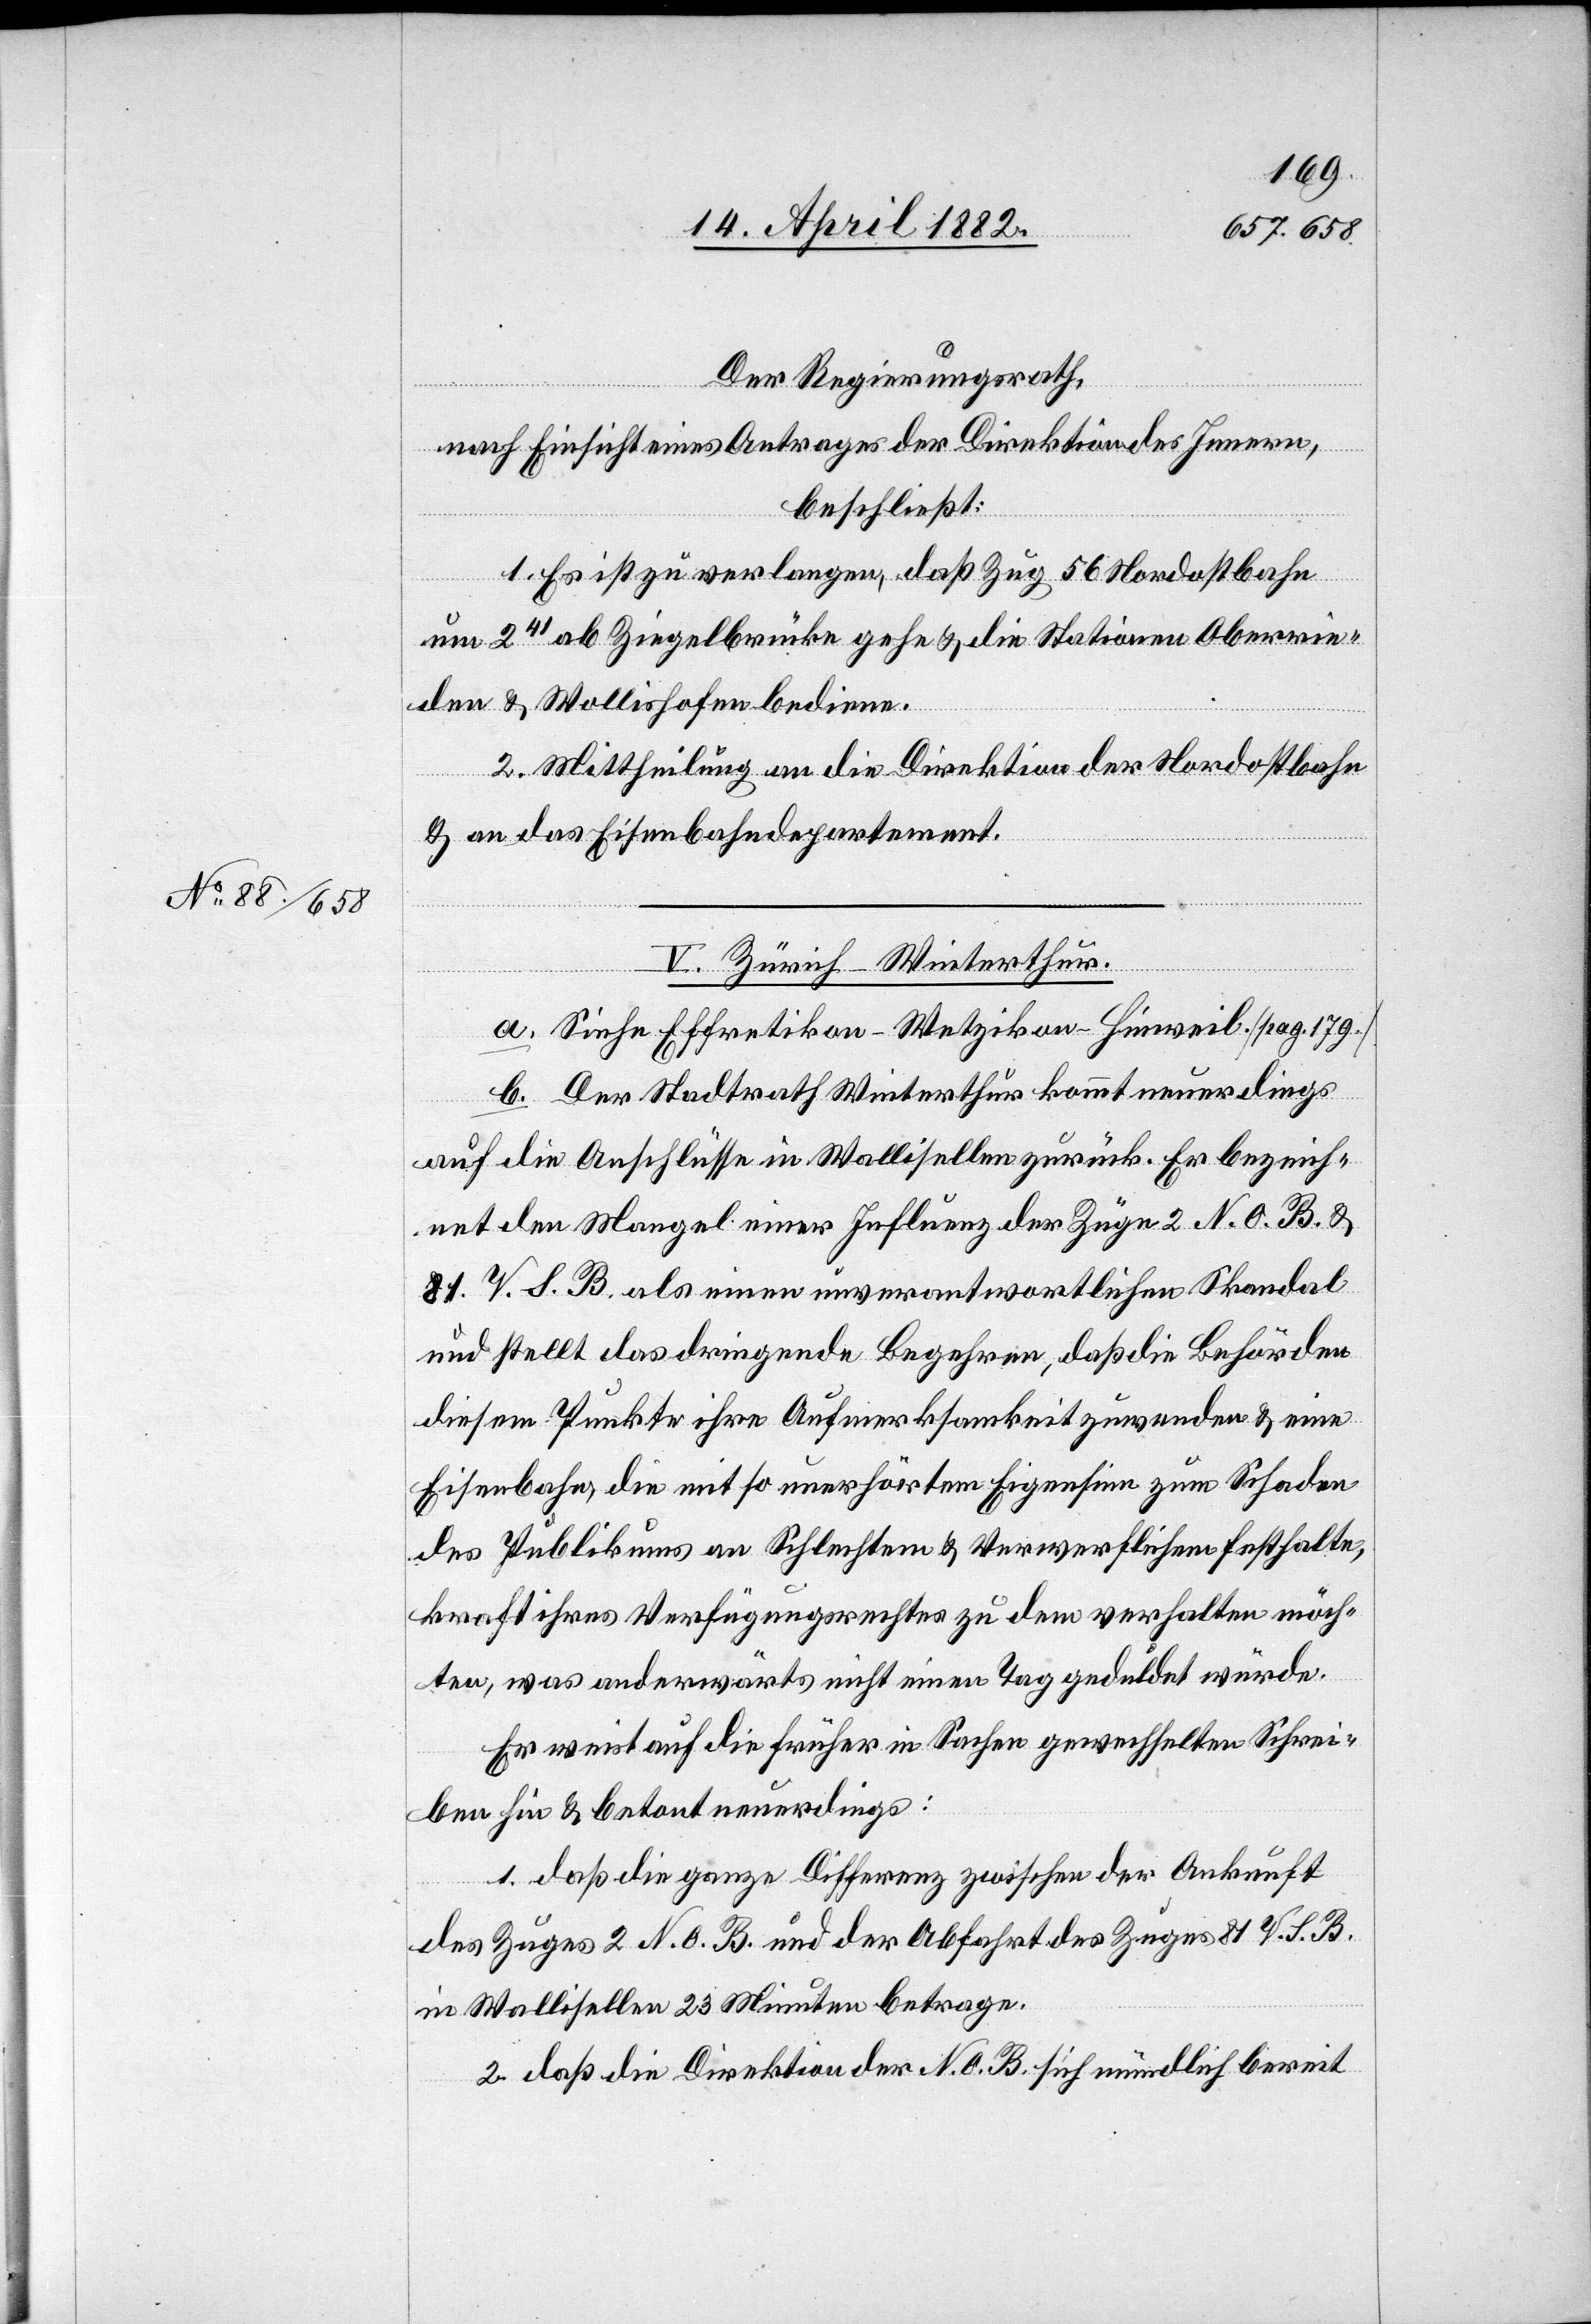
Der Regierungsrath,
nach Einsicht eines Antrages der Direktion des Innern,
beschließt:
1. Es ist zu verlangen, daß Zug 56 Nordostbahn
um 241 ab Ziegelbrücke gehe & die Stationen Oberrie¬
den & Wollishofen bediene.
2. Mittheilung an die Direktion der Nordostbahn
& an das Eisenbahndepartement.
V. Zürich–Winterthur.
a. Siehe Effretikon–Wetzikon–Hinweil. [pag. 179.]
b. Der Stadtrath Winterthur kommt neuerdings
auf die Anschlüsse in Wallisellen zurück. Er bezeich¬
net den Mangel einer Influenz der Züge 2 N. O. B. &
81. V. S. B. als einen unverantwortlichen Skandal
und stellt das dringende Begehren, daß die Behörden
diesem Punkte ihre Aufmerksamkeit zuwenden & eine
Eisenbahn, die mit so unerhörtem Eigensinn zum Schaden
des Publikums an Schlechtem & Verwerflichem festhalte,
kraft ihres Verfügungsrechtes zu dem verhalten möch¬
ten, was anderwärts nicht einen Tag geduldet würde.
Er weist auf die früher in Sachen gewechselten Schrei¬
ben hin & betont neuerdings:
1. daß die ganze Differenz zwischen der Ankunft
des Zuges 2 N. O. B. und der Abfahrt des Zuges 81 V. S. B.
in Wallisellen 23 Minuten betrage.
2. daß die Direktion der N. O. B. sich mündlich bereit